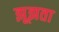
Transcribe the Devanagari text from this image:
झूझता